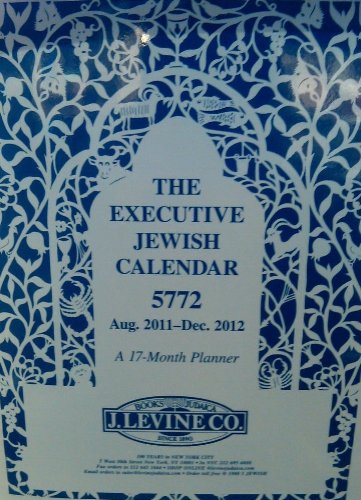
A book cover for The Executive J Levine Jewish Calendar 5772 August 2011-December 2012 - A 17 Month Planner- Shipping now!; Karben/Lerner; Calendars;